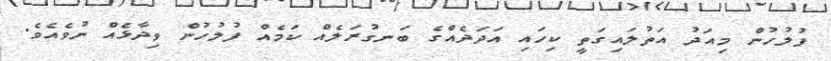
ފުލުހުން މިއަދު އަތުލައިގަތީ ކިހައި އަދަދެއްގެ ބަނގުރަލެއް ކަމެއް ފުލުހުން ވިދާޅެއް ނުވެއެވެ.